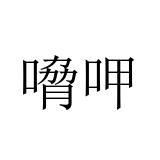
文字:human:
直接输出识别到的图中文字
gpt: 嗋呷